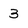
Character: 3